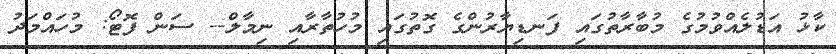
ކާޅު އަޑުލެއްވުމުގެ މުބާރާތުގައި ފަނޑިޔާރުންގެ ގޮތުގައި މުހުތާރާއި ނިމާލް-- ސަން ފޮޓޯ: މުހައްމަދު